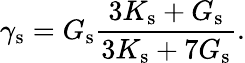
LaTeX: \gamma_{\mathrm{s}}=G_{\mathrm{s}}\frac{3K_{\mathrm{s}}+G_{\mathrm{s}}}{3K_{\mathrm{s}}+7G_{\mathrm{s}}}.